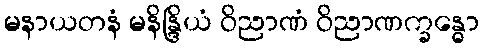
မနာယတနံ မနိန္ဒြိယံ ဝိညာဏံ ဝိညာဏက္ခန္ဓော